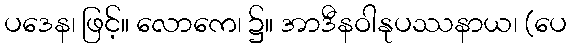
ပဒေန၊ ဖြင့်။ လောကေ၊ ၌။ အာဒီနဝါနုပဿနာယ၊ (ပေ